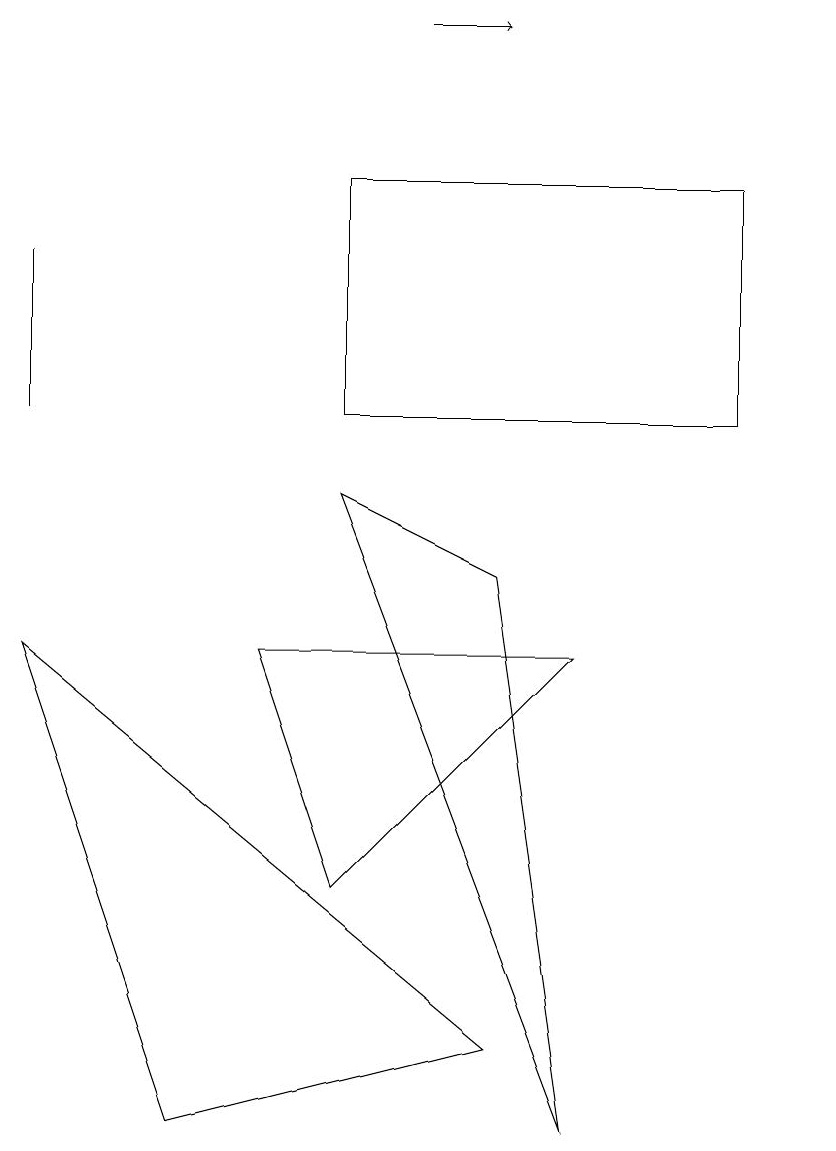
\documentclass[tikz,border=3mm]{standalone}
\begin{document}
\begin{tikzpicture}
\draw (10,11) circle (0);
\draw (7,7) -- (3,7) -- (4,4) -- cycle;
\draw (0,10) rectangle (0,12);
\draw (4,10) rectangle (9,13);
\draw (7,1) -- (4,9) -- (6,8) -- cycle;
\draw (2,1) -- (0,7) -- (6,2) -- cycle;
\draw[->] (5,15) -- (6,15);
\draw (10,12) circle (0);
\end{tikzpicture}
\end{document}